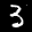
Label: 3